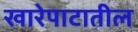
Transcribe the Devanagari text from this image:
खारेपाटातील